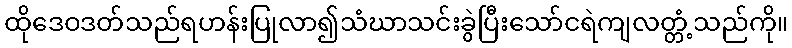
ထိုဒေဝဒတ်သည်ရဟန်းပြုလာ၍သံဃာသင်းခွဲပြီးသော်ငရဲကျလတ္တံ့သည်ကို။